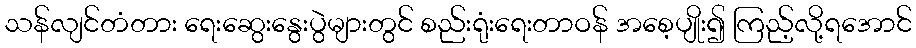
သန်လျင်တံတား ရေးဆွေးနွေးပွဲများတွင် စည်းရုံးရေးတာဝန် အစေ့ပျိုး၍ ကြည့်လို့ရအောင်